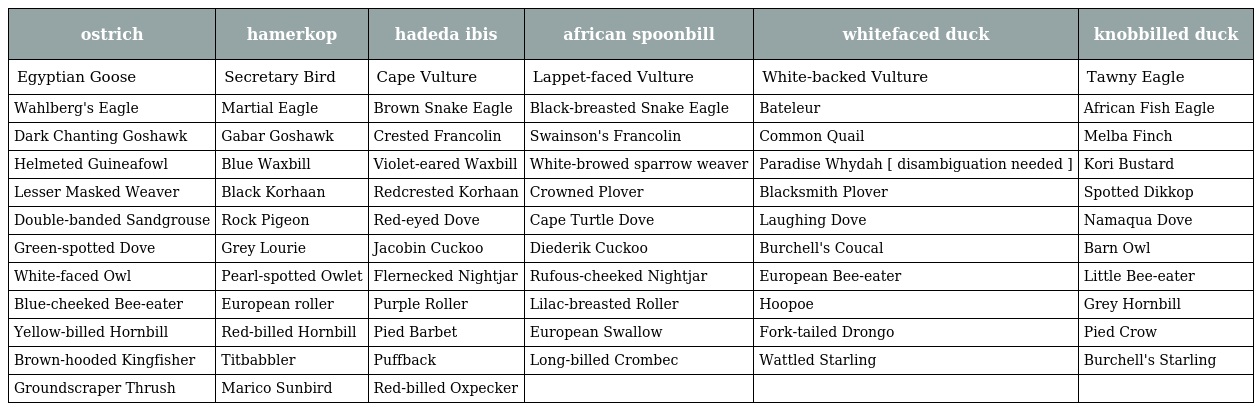
| ostrich | hamerkop | hadeda ibis | african spoonbill | whitefaced duck | knobbilled duck |
 | --- | --- | --- | --- | --- | --- |
 | Egyptian Goose | Secretary Bird | Cape Vulture | Lappet-faced Vulture | White-backed Vulture | Tawny Eagle |
 | Wahlberg's Eagle | Martial Eagle | Brown Snake Eagle | Black-breasted Snake Eagle | Bateleur | African Fish Eagle |
 | Dark Chanting Goshawk | Gabar Goshawk | Crested Francolin | Swainson's Francolin | Common Quail | Melba Finch |
 | Helmeted Guineafowl | Blue Waxbill | Violet-eared Waxbill | White-browed sparrow weaver | Paradise Whydah [ disambiguation needed ] | Kori Bustard |
 | Lesser Masked Weaver | Black Korhaan | Redcrested Korhaan | Crowned Plover | Blacksmith Plover | Spotted Dikkop |
 | Double-banded Sandgrouse | Rock Pigeon | Red-eyed Dove | Cape Turtle Dove | Laughing Dove | Namaqua Dove |
 | Green-spotted Dove | Grey Lourie | Jacobin Cuckoo | Diederik Cuckoo | Burchell's Coucal | Barn Owl |
 | White-faced Owl | Pearl-spotted Owlet | Flernecked Nightjar | Rufous-cheeked Nightjar | European Bee-eater | Little Bee-eater |
 | Blue-cheeked Bee-eater | European roller | Purple Roller | Lilac-breasted Roller | Hoopoe | Grey Hornbill |
 | Yellow-billed Hornbill | Red-billed Hornbill | Pied Barbet | European Swallow | Fork-tailed Drongo | Pied Crow |
 | Brown-hooded Kingfisher | Titbabbler | Puffback | Long-billed Crombec | Wattled Starling | Burchell's Starling |
 | Groundscraper Thrush | Marico Sunbird | Red-billed Oxpecker |  |  |  |